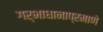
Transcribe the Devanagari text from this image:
गर्भाधानाप्रमाणे